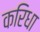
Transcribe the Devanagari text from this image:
करिधा